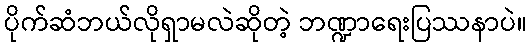
ပိုက်ဆံဘယ်လိုရှာမလဲဆိုတဲ့ ဘဏ္ဍာရေးပြဿနာပဲ။